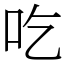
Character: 吃